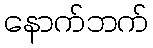
နောက်ဘက်